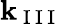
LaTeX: {\mathbf k}_{\mathrm{~I~I~I~}}